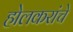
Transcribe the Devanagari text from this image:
होलकरांचे